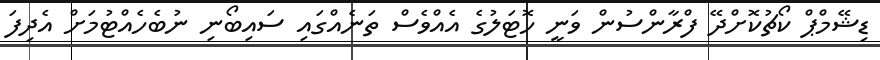
ޑިޝޭމްޕް ކޯޗުކޮށްދޭ ފްރާންސުން ވަނީ ހޮޓަލުގެ އެއްވެސް ތަނެއްގައި ސައިބޯނި ނުބެހެއްޓުމަށް އެދިފަ